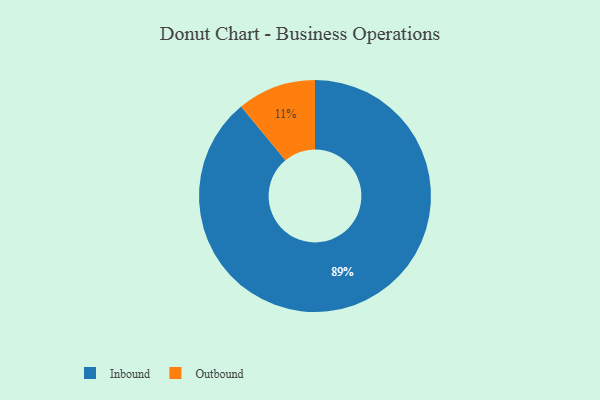
{"axis": {"x": "Category", "y": "Percentage"}, "legend": ["Inbound", "Outbound"], "data": [{"x": "Inbound", "y": 89, "type": "Inbound"}, {"x": "Outbound", "y": 11, "type": "Outbound"}]}